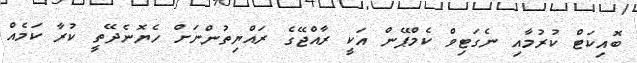
ބޮއިކަޓް ކުރުމާއި ނެގަޓިވް ކެމްޕޭން އަކީ ރާއްޖޭގެ ރައްޔިތުންނަށް ހެޔޮނެދޭތީ ކުރާ ކަމެއް